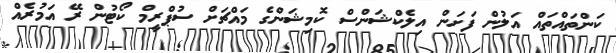
ކަންތައްތައް އަލުން ފަށަން އިލެކްޝަންސް ކޮމިޝަންގެ މައްޗަށް ސުޕްރީމް ކޯޓުން ރޭ އަމުރެއް